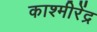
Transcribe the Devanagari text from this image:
काश्मीरेंद्र